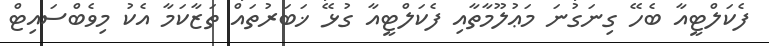
ފެކަލްޓީއާ ބެހޭ ގިނަގުނަ މަޢުލޫމާތާއި ފެކަލްޓީއާ ގުޅޭ ޚަބަރުތައް ތަޒާކަމާ އެކު މިވެބްސައިޓް